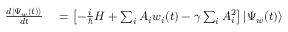
\begin{array} { r l } { { \frac { d | \Psi _ { w } ( t ) \rangle } { d t } } } & { { } = \left[ - { \frac { i } { \hbar } } H + \sum _ { i } A _ { i } w _ { i } ( t ) - \gamma \sum _ { i } A _ { i } ^ { 2 } \right] | \Psi _ { w } ( t ) \rangle } \end{array}